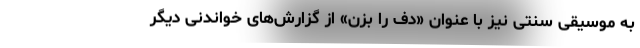
به موسیقی سنتی نیز با عنوان «دف را بزن» از گزارش‌های خواندنی دیگر